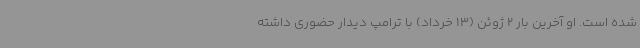
شده است. او آخرین بار 2 ژوئن (13 خرداد) با ترامپ دیدار حضوری داشته